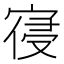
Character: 寑